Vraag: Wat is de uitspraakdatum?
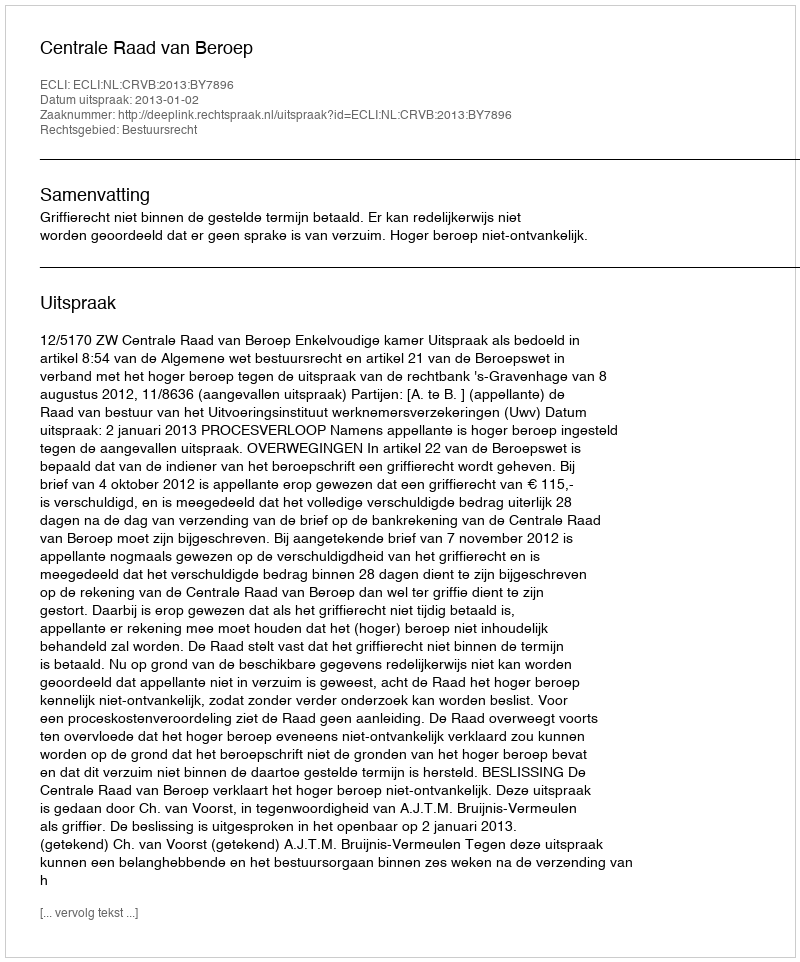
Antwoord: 2013-01-02